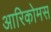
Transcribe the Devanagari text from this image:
आरिकोमस